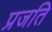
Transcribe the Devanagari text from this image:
प्रजति